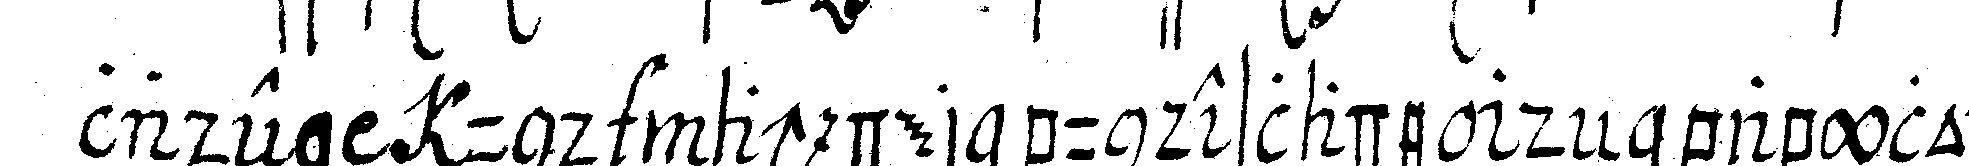
lade  und nach der bundeslade deN babylon